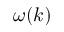
\omega ( k )